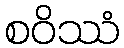
စဝိဿံ